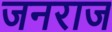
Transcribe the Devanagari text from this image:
जनराज